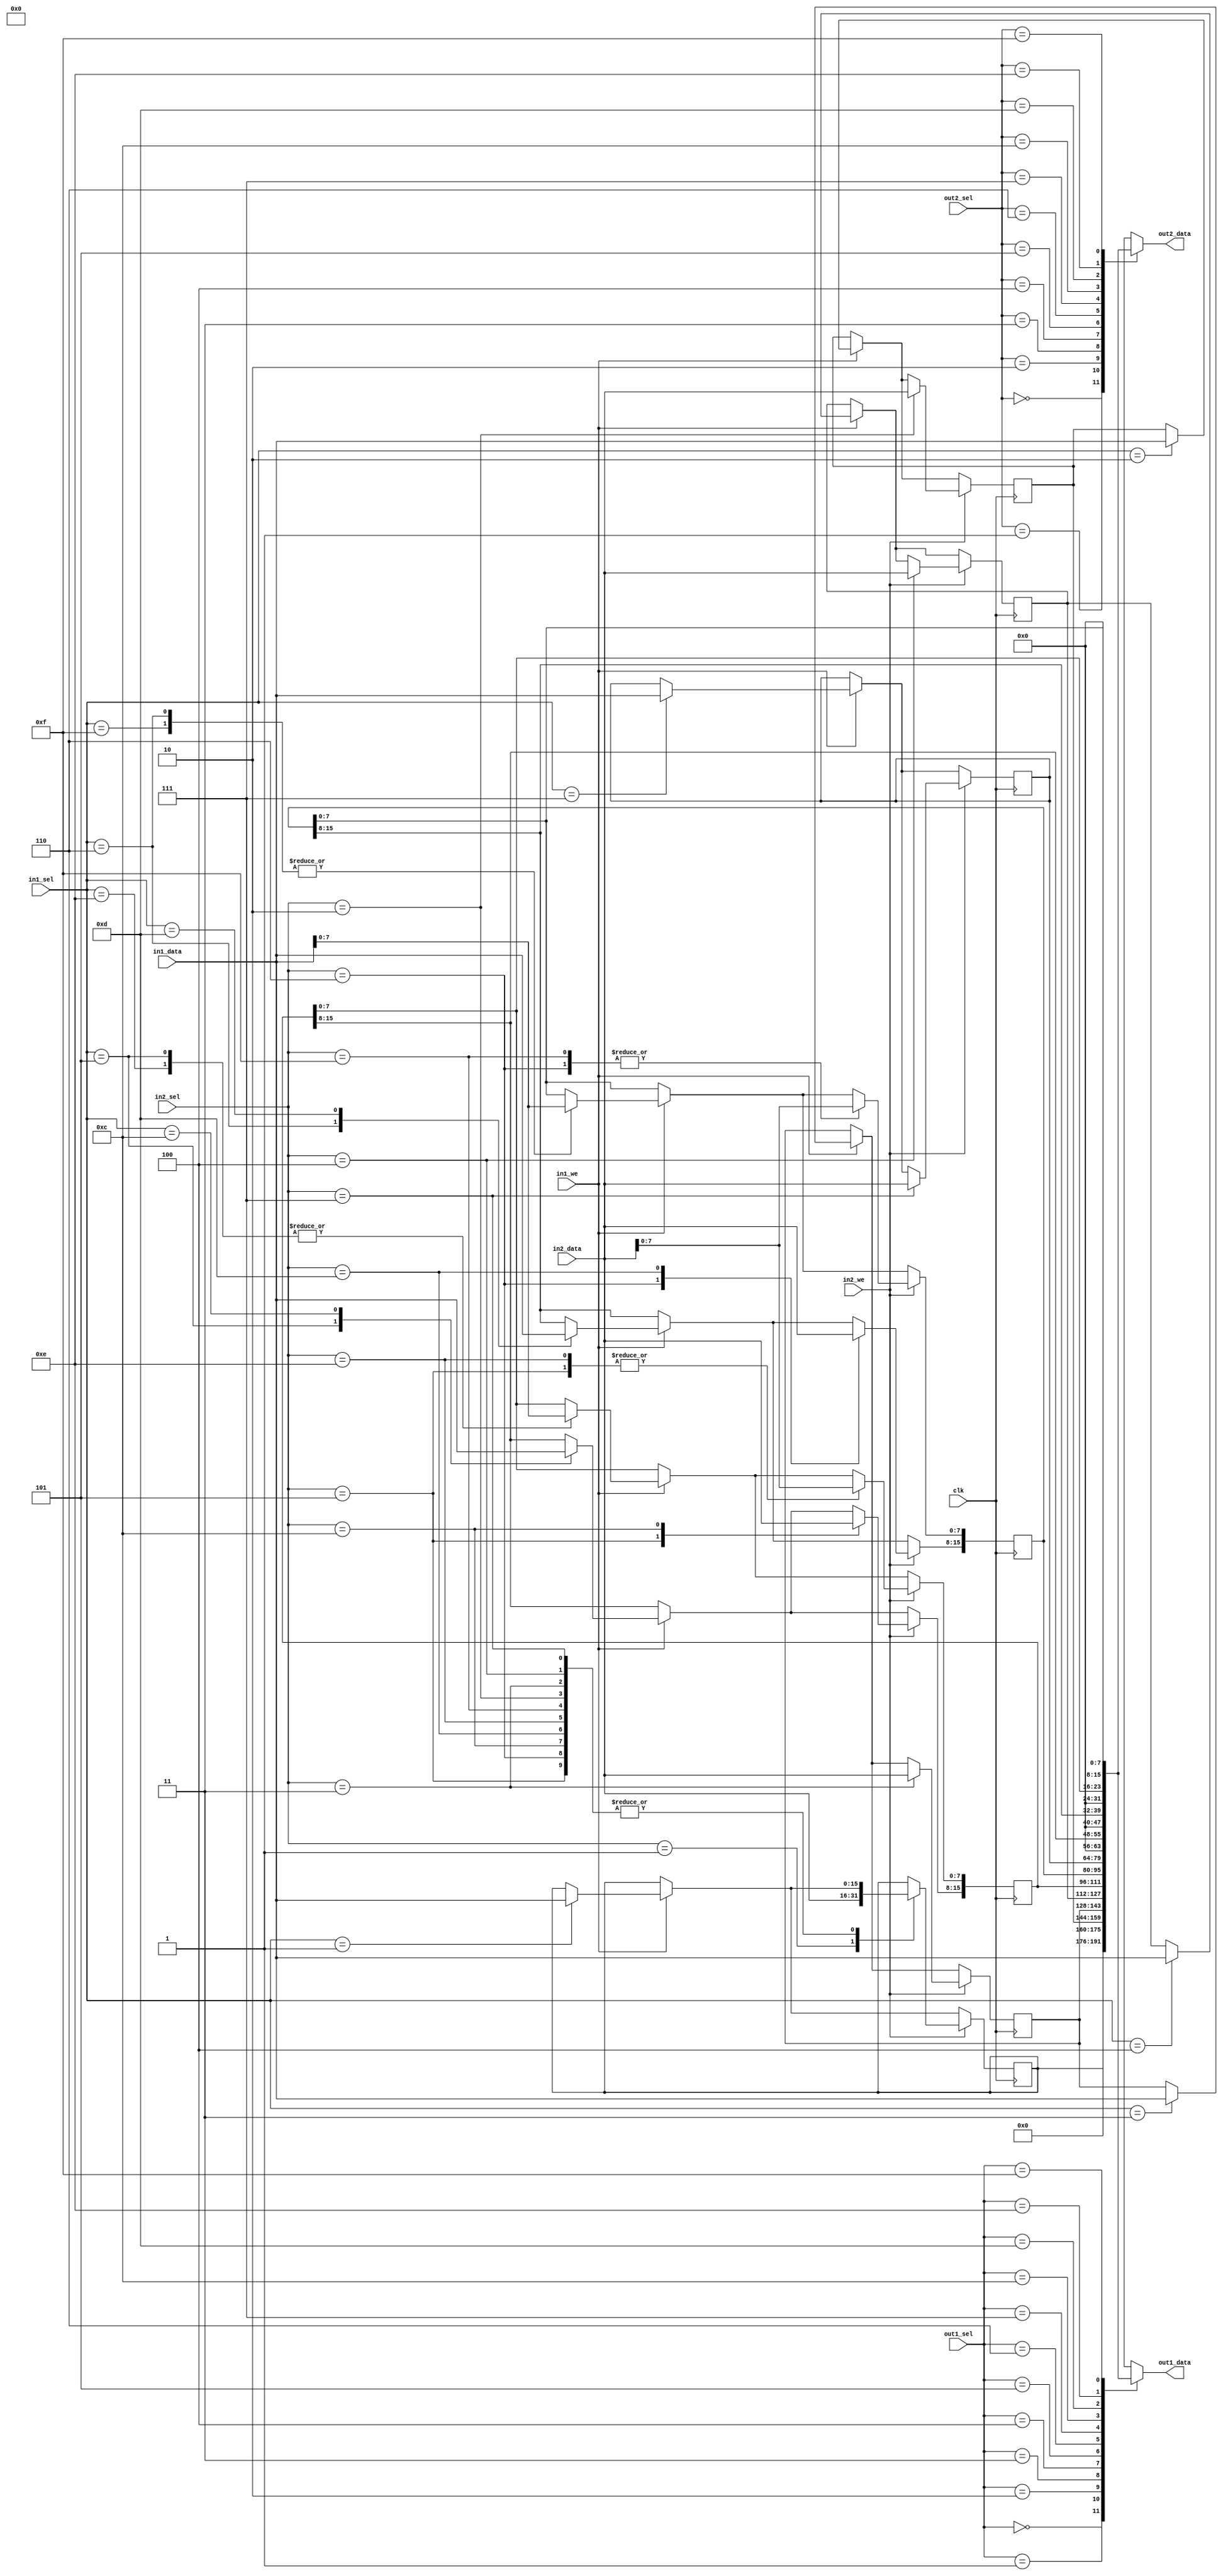
module regfile(
    input wire clk,

    input wire         in1_we,
    input wire [3:0]   in1_sel,
    input wire [15:0]  in1_data,

    input wire         in2_we,
    input wire [3:0]   in2_sel,
    input wire [15:0]  in2_data,

    input wire [3:0]   out1_sel,
    output reg [15:0]  out1_data,

    input wire [3:0]   out2_sel,
    output reg [15:0]  out2_data);

reg [15:0] a, b, c, d, ix, iy, sp;

wire [7:0] hx = ix[15:8];
wire [7:0] lx = ix[7:0];
wire [7:0] hy = iy[15:8];
wire [7:0] ly = iy[7:0];

always @(posedge clk) begin
    if (in1_we) begin
        case (in1_sel)
            4'b0001: a  <= in1_data;
            4'b0010: b  <= in1_data;
            4'b0011: c  <= in1_data;
            4'b0100: d  <= in1_data;
            4'b0101: ix <= in1_data;
            4'b0110: iy <= in1_data;
            4'b0111: sp <= in1_data;
            4'b1100: ix[15:8] <= in1_data;
            4'b1101: iy[15:8] <= in1_data;
            4'b1110: ix[7:0]  <= in1_data;
            4'b1111: iy[7:0]  <= in1_data;
            default: a <= a;
        endcase
    end

    if (in2_we) begin
        case (in2_sel)
            4'b0001: a  <= in2_data;
            4'b0010: b  <= in2_data;
            4'b0011: c  <= in2_data;
            4'b0100: d  <= in2_data;
            4'b0101: ix <= in2_data;
            4'b0110: iy <= in2_data;
            4'b0111: sp <= in2_data;
            4'b1100: ix[15:8] <= in2_data;
            4'b1101: iy[15:8] <= in2_data;
            4'b1110: ix[7:0]  <= in2_data;
            4'b1111: iy[7:0]  <= in2_data;
            default: a <= a;
        endcase
    end
end

always @(*)
    case (out1_sel)
        4'b0000: out1_data = 4'b0;
        4'b0001: out1_data = a;
        4'b0010: out1_data = b;
        4'b0011: out1_data = c;
        4'b0100: out1_data = d;
        4'b0101: out1_data = ix;
        4'b0110: out1_data = iy;
        4'b0111: out1_data = sp;
        4'b1100: out1_data = hx;
        4'b1101: out1_data = hy;
        4'b1110: out1_data = lx;
        4'b1111: out1_data = ly;
        default: out1_data = 4'bx;
    endcase

always @(*)
    case (out2_sel)
        4'b0000: out2_data = 4'b0;
        4'b0001: out2_data = a;
        4'b0010: out2_data = b;
        4'b0011: out2_data = c;
        4'b0100: out2_data = d;
        4'b0101: out2_data = ix;
        4'b0110: out2_data = iy;
        4'b0111: out2_data = sp;
        4'b1100: out2_data = hx;
        4'b1101: out2_data = hy;
        4'b1110: out2_data = lx;
        4'b1111: out2_data = ly;
        default: out2_data = 4'bx;
    endcase

endmodule // regfile